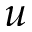
u